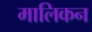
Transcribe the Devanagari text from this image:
मालिकन